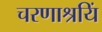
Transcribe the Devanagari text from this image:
चरणाश्रयिं